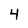
Character: 4